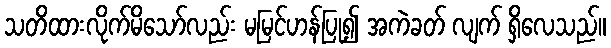
သတိထားလိုက်မိသော်လည်း မမြင်ဟန်ပြု၍ အကဲခတ် လျက် ရှိလေသည်။